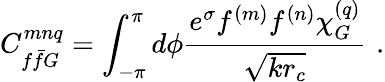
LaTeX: C_{f\bar{f}G}^{mnq}=\int_{-\pi}^{\pi}d\phi\frac{e^{\sigma}f^{(m)}f^{(n)}\chi_{G}^{(q)}}{\sqrt{kr_{c}}}\, \, .